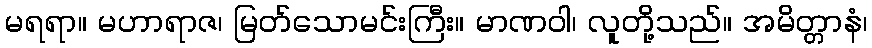
မရရာ။ မဟာရာဇ၊ မြတ်သောမင်းကြီး။ မာဏဝါ၊ လူတို့သည်။ အမိတ္တာနံ၊